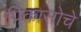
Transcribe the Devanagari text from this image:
पिकासोचे